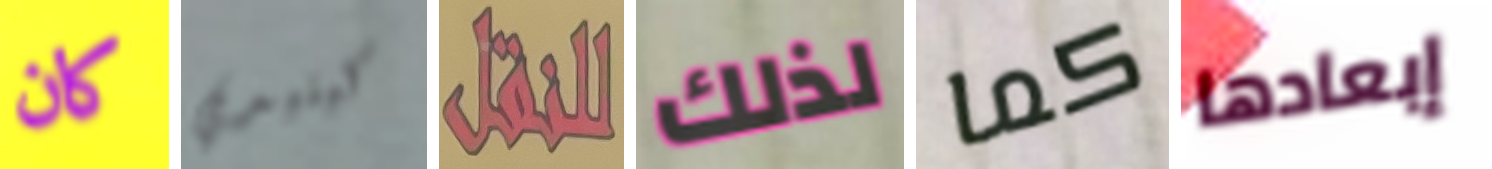
كان كينيدي للنقل لذلك كما إبعادها